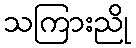
သကြားညို